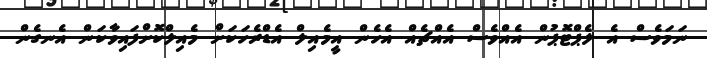
ނަމަވެސް އެ ލެޕްޓޮޕުން އެއްވެސް އެއްޗެއް އެހެން އީމެއިލް އެޑްރެހަކަށް މެއިލްކޮށްފައިވާކަން އެނގެން